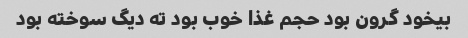
بیخود گرون بود حجم غذا خوب بود ته دیگ سوخته بود